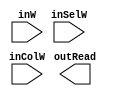
module ColumnRAM(inSelW,inColW,outRead,inW);
input inW;
input [3:0]inSelW;
input [2:0]inColW;
reg [11:0]store;
output reg[11:0]outRead;

always@(*)begin
	case({inSelW})
		3'd0:
		begin
			if(inW==1'b1)begin
				store[2:0]<=inColW;
			end
		end
		3'd1:
		begin
			if(inW==1'b1)begin
				store[5:3]<=inColW;
			end
		end
		3'd2:
		begin
			if(inW==1'b1)begin
				store[8:6]<=inColW;
			end
		end
		3'd3:
		begin
			if(inW==1'b1)begin
				store[11:9]<=inColW;
			end
		end
		default:store<=12'hffffff;
	endcase
end
endmodule